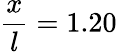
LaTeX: \frac{x}{l}=1.20